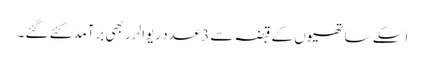
اسکے ساتھیوں کے قبضہ سے 3عدد ریوالرر بھی برآمدکئے گئے ۔